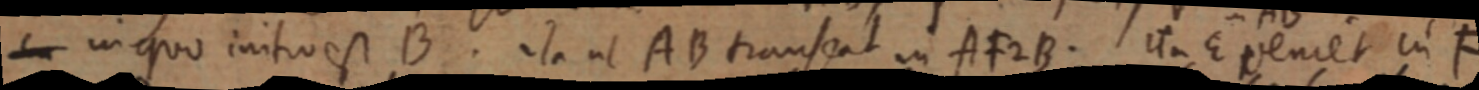
_ in quo initio est B. ita ut AB transeat in AF2B. ita E veniet in F